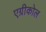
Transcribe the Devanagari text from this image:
एग्रीकोल